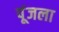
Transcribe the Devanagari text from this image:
पूंजला